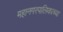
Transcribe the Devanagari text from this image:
महानगरपालिकाच्या